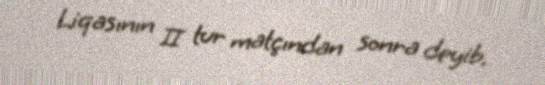
Liqasının II tur matçından sonra deyib.